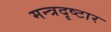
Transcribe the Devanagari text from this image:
मन्त्रदृष्टार